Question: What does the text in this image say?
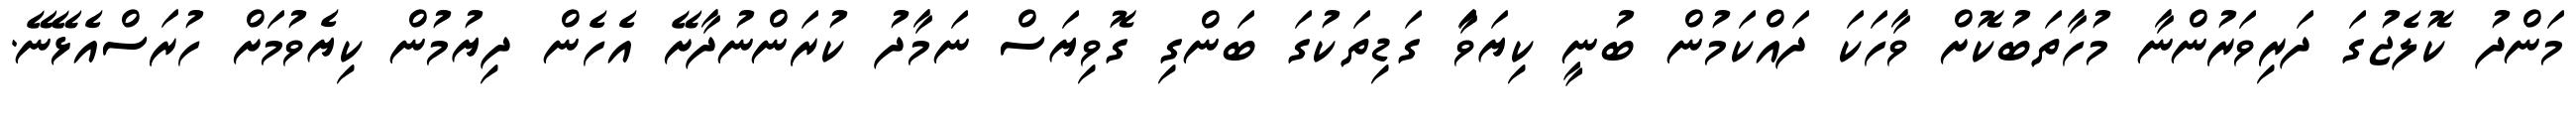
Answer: މަންދު ކޮލެޖުގަ ދަރިވަރުންނާ މުހާތަބުކޮށް ވާހަކަ ދައްކަމުން ބުނީ ކިޔަވަާ ގަޑިތަކުގަ ބަންގި ގޮވިޔަސް ނަމާދު ކުރަންނުދާށޭ އެހެން ދިޔުމުން ކިޔެވުމަށް ހުރަސްއެޅޭނޭ.